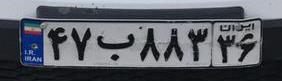
۴۷ب۸۸۳۳۶